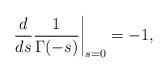
LaTeX: \begin{align*}{d\over ds}{1\over\Gamma(-s)}\bigg|_{s=0}=-1,\end{align*}